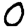
Digit: 0